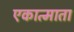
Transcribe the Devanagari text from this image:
एकात्माता